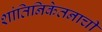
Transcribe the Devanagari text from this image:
शांतिनिकेतनाची